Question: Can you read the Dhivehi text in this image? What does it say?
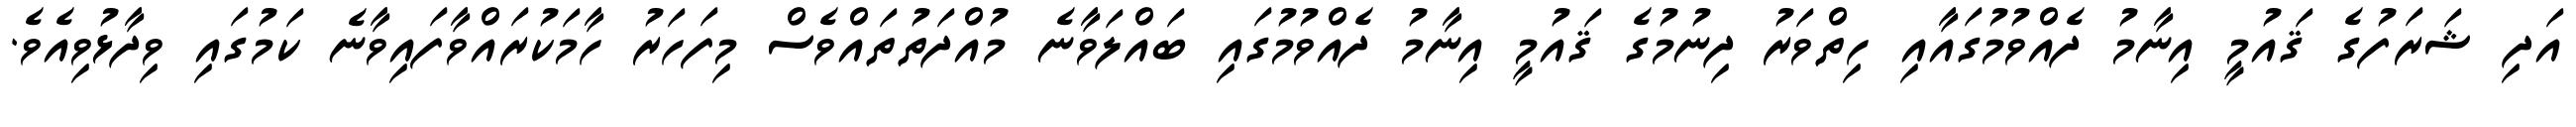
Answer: އަދި ޝަރަފުގެ ޤައުމީ އިނާމު ދެއްވުމުގައާއި ހިތްވަރު ދިނުމުގެ ޤައުމީ އިނާމު ދެއްވުމުގައި ބައްލަވާނެ މުއްދަތުތައްވެސް މިފަހަރު ހާމަކުރައްވާފައިވާނެ ކަމުގައި ވިދާޅުވިއެވެ.